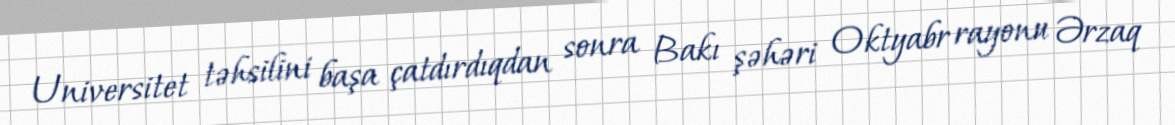
Universitet təhsilini başa çatdırdıqdan sonra Bakı şəhəri Oktyabr rayonu Ərzaq